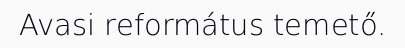
Avasi református temető.